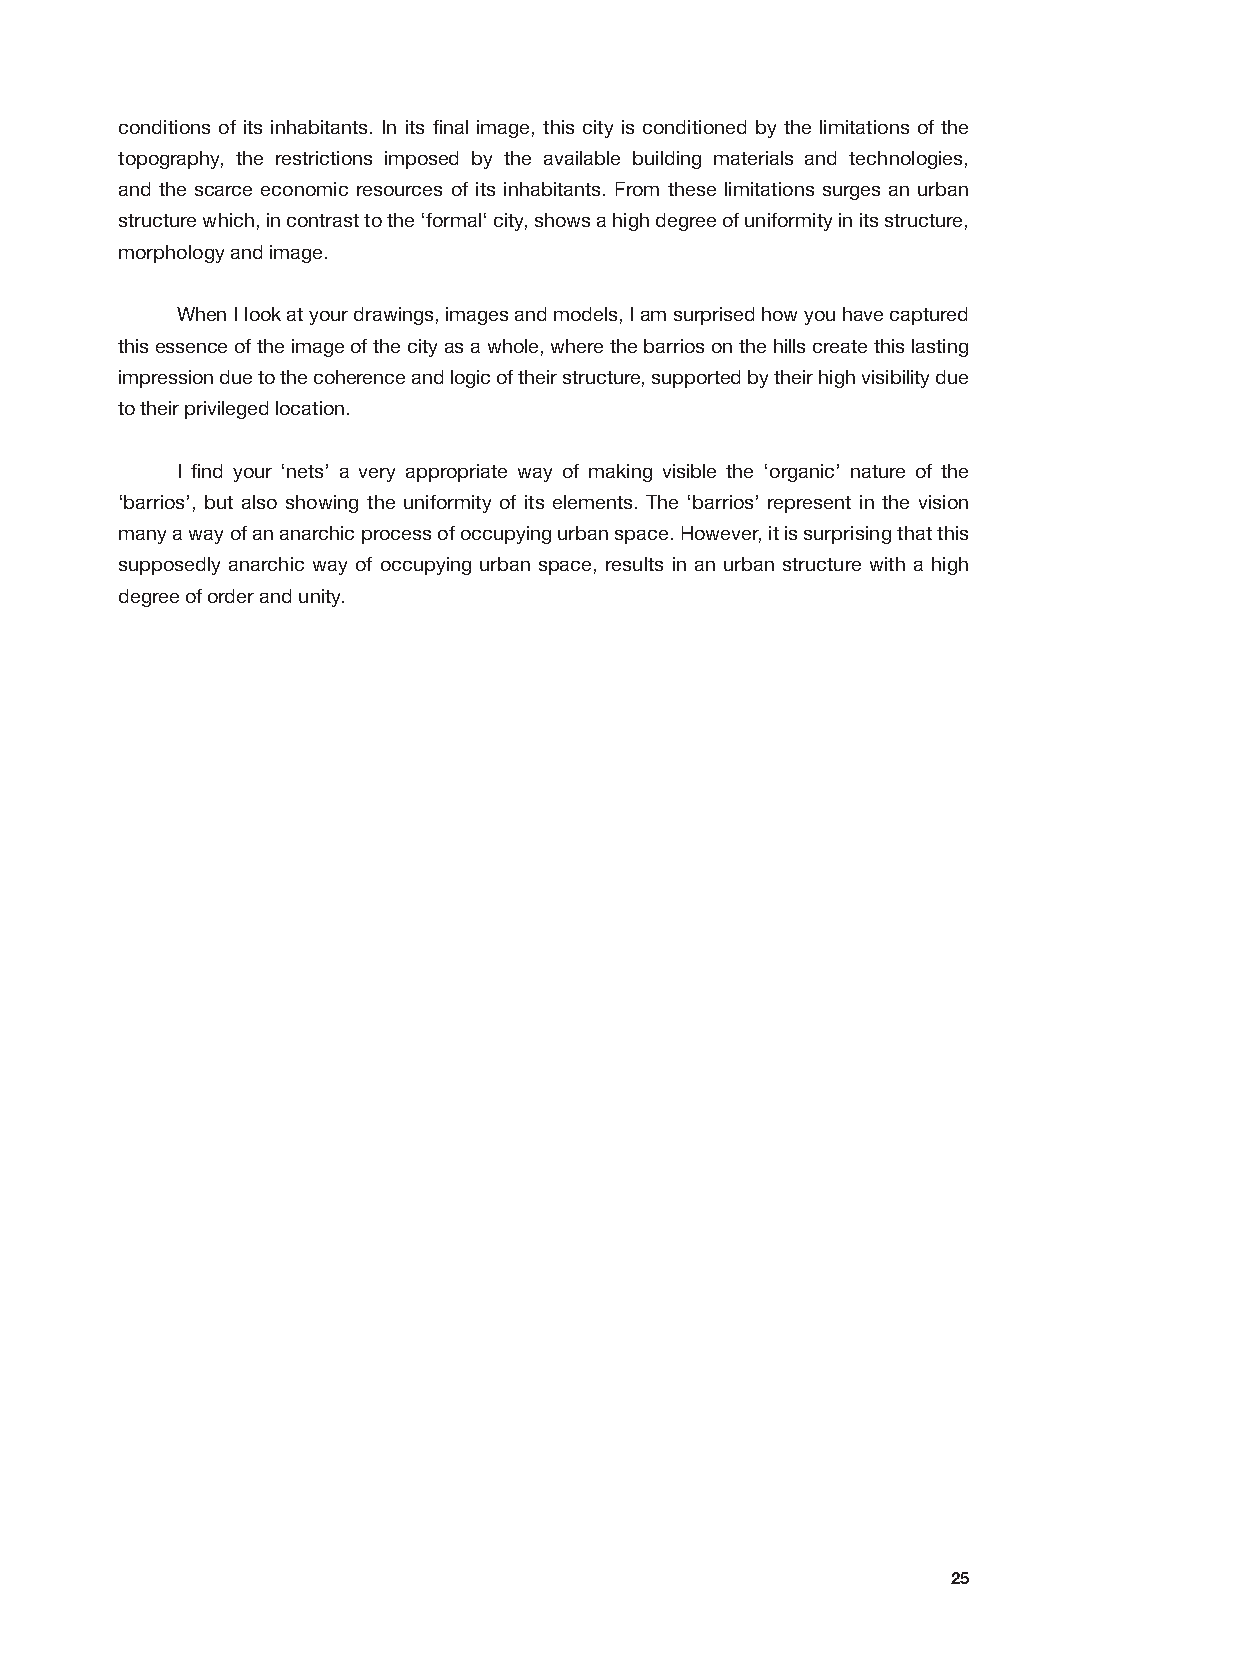
conditions of its inhabitants. In its final image, this city is conditioned by the limitations of the
 topography, the restrictions imposed by the available building materials and technologies,
 and the scarce economic resources of its inhabitants. From these limitations surges an urban
 structure which, in contrast to the ‘formal‘ city, shows a high degree of uniformity in its structure,
 morphology and image.
 When I look at your drawings, images and models, I am surprised how you have captured
 this essence of the image of the city as a whole, where the barrios on the hills create this lasting
 impression due to the coherence and logic of their structure, supported by their high visibility due
 to their privileged location.
 I find your ‘nets’ a very appropriate way of making visible the ‘organic’ nature of the
 ‘barrios’, but also showing the uniformity of its elements. The ‘barrios’ represent in the vision
 many a way of an anarchic process of occupying urban space. However, it is surprising that this
 supposedly anarchic way of occupying urban space, results in an urban structure with a high
 degree of order and unity.
 25